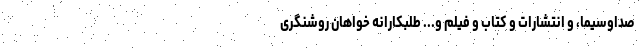
صداوسیما، و انتشارات و کتاب و فیلم و... طلبکارانه خواهان روشنگری